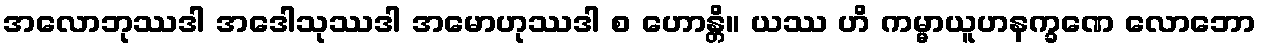
အလောဘုဿဒါ အဒေါသုဿဒါ အမောဟုဿဒါ စ ဟောန္တိ။ ယဿ ဟိ ကမ္မာယူဟနက္ခဏေ လောဘော